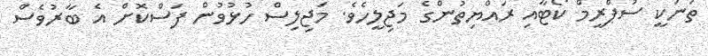
ތަނަކީ ސުޕްރީމް ކޯޓާއި ރައްޔިތުންގެ މަޖިލީހެވެ. މަޖިލިސް ހުޅުވުން ފަސްކޮށް އެ ބާރުވެސް